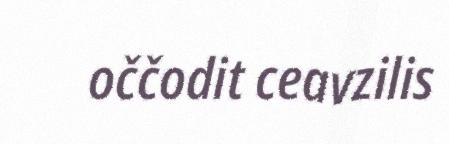
oččodit ceavzilis